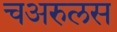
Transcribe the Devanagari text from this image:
चअरुलस